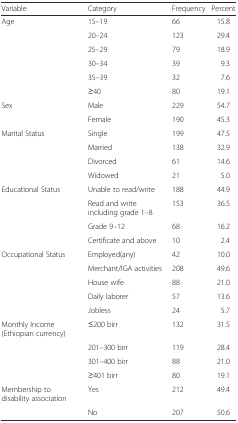
<table><thead><tr><td><b>Variable</b></td><td><b>Category</b></td><td><b>Frequency</b></td><td><b>Percent</b></td></tr></thead><tbody><tr><td>Age</td><td>15–19</td><td>66</td><td>15.8</td></tr><tr><td></td><td>20–24</td><td>123</td><td>29.4</td></tr><tr><td></td><td>25–29</td><td>79</td><td>18.9</td></tr><tr><td></td><td>30–34</td><td>39</td><td>9.3</td></tr><tr><td></td><td>35–39</td><td>32</td><td>7.6</td></tr><tr><td></td><td>≥40</td><td>80</td><td>19.1</td></tr><tr><td>Sex</td><td>Male</td><td>229</td><td>54.7</td></tr><tr><td></td><td>Female</td><td>190</td><td>45.3</td></tr><tr><td>Marital Status</td><td>Single</td><td>199</td><td>47.5</td></tr><tr><td></td><td>Married</td><td>138</td><td>32.9</td></tr><tr><td></td><td>Divorced</td><td>61</td><td>14.6</td></tr><tr><td></td><td>Widowed</td><td>21</td><td>5.0</td></tr><tr><td>Educational Status</td><td>Unable to read/write</td><td>188</td><td>44.9</td></tr><tr><td></td><td>Read and write including grade 1–8</td><td>153</td><td>36.5</td></tr><tr><td></td><td>Grade 9–12</td><td>68</td><td>16.2</td></tr><tr><td></td><td>Certificate and above</td><td>10</td><td>2.4</td></tr><tr><td>Occupational Status</td><td>Employed(any)</td><td>42</td><td>10.0</td></tr><tr><td></td><td>Merchant/IGA activities</td><td>208</td><td>49.6</td></tr><tr><td></td><td>House wife</td><td>88</td><td>21.0</td></tr><tr><td></td><td>Daily laborer</td><td>57</td><td>13.6</td></tr><tr><td></td><td>Jobless</td><td>24</td><td>5.7</td></tr><tr><td>Monthly Income (Ethiopian currency)</td><td>≤200 birr</td><td>132</td><td>31.5</td></tr><tr><td></td><td>201–300 birr</td><td>119</td><td>28.4</td></tr><tr><td></td><td>301–400 birr</td><td>88</td><td>21.0</td></tr><tr><td></td><td>≥401 birr</td><td>80</td><td>19.1</td></tr><tr><td>Membership to disability association</td><td>Yes</td><td>212</td><td>49.4</td></tr><tr><td></td><td>No</td><td>207</td><td>50.6</td></tr></tbody></table>